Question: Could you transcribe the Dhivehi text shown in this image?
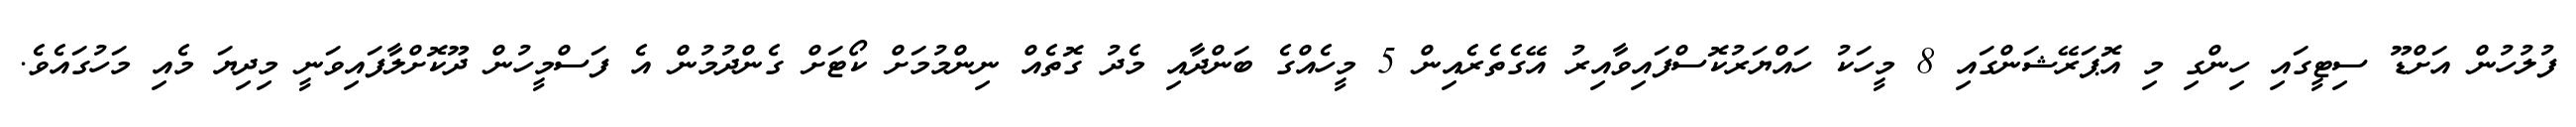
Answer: ފުލުހުން އަށްޑޫ ސިޓީގައި ހިންގި މި އޮޕަރޭޝަންގައި 8 މީހަކު ހައްޔަރުކޮސްފައިވާއިރު އޭގެތެރެއިން 5 މީހެއްގެ ބަންދާއި މެދު ގޮތެއް ނިންމުމަށް ކޯޓަށް ގެންދުމުން އެ ފަސްމީހުން ދޫކޮށްލާފައިވަނީ މިދިޔަ މެއި މަހުގައެވެ.